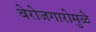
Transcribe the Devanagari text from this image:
बेरोजगारोमुळे